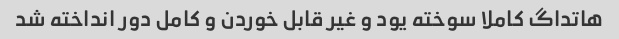
هاتداگ کاملا سوخته یود و غیر قابل خوردن و کامل دور انداخته شد